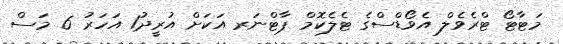
މަޓާޓޯ ޓްރެވެލް އެވޯޑްސްގެ ޓެލެކޮމް ޕާޓްނަރ އަކަށް އުރީދު1 އަހަރު 6 މަސް